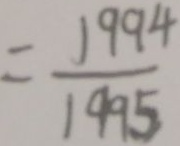
= \frac { 1 9 9 4 } { 1 9 9 5 }